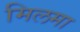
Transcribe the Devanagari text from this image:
मिलमा